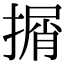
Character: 㨝